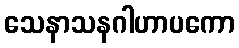
သေနာသနဂါဟာပကော